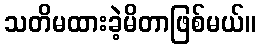
သတိမထားခဲ့မိတာဖြစ်မယ်။